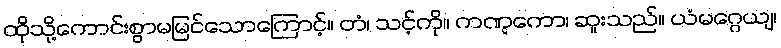
ထိုသို့ကောင်းစွာမမြင်သောကြောင့်။ တံ၊ သင့်ကို။ ကဏ္ဋကော၊ ဆူးသည်။ ယံမဂ္ဂေယျ၊